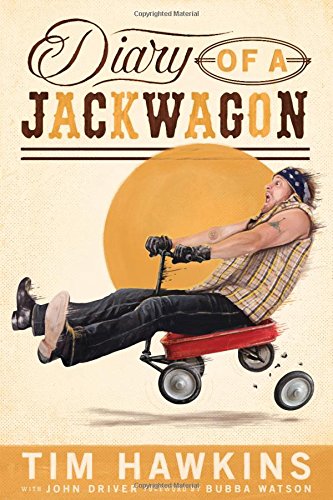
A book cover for Diary of a Jackwagon; Tim Hawkins; Humor & Entertainment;